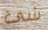
شئ